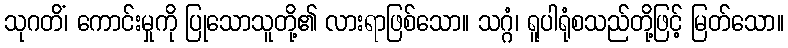
သုဂတိံ၊ ကောင်းမှုကို ပြုသောသူတို့၏ လားရာဖြစ်သော။ သဂ္ဂံ၊ ရူပါရုံစသည်တို့ဖြင့် မြတ်သော။